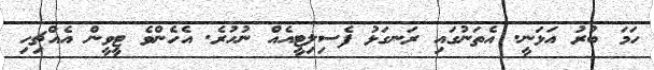
ހަމަ ބުރު އަޅަނީ. އެތަނުގައި ރަނގަޅު ފެސިލިޓީއެއް ނުހުރެ. އެހެންވެ ޓީވީން އެއްޗިިހި